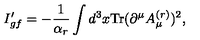
I _ { g f } ^ { \prime } = - \frac { 1 } { \alpha _ { r } } \int d ^ { 3 } x \mathrm { T r } ( \partial ^ { \mu } A _ { \mu } ^ { ( r ) } ) ^ { 2 } ,